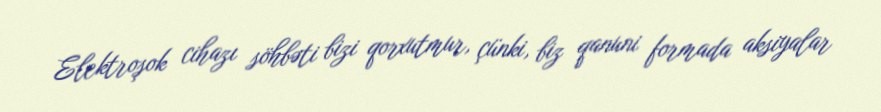
Elektroşok cihazı söhbəti bizi qorxutmur, çünki, biz qanuni formada aksiyalar